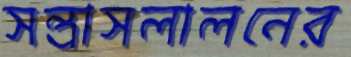
সন্ত্রাসলালনের